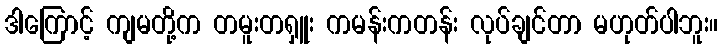
ဒါကြောင့် ကျမတို့က တမူးတရှူး ကမန်းကတန်း လုပ်ချင်တာ မဟုတ်ပါဘူး။